Civil Veterinary Department. Central Provinces & Berar 1925-31 - 1925-1931
Year: 1925
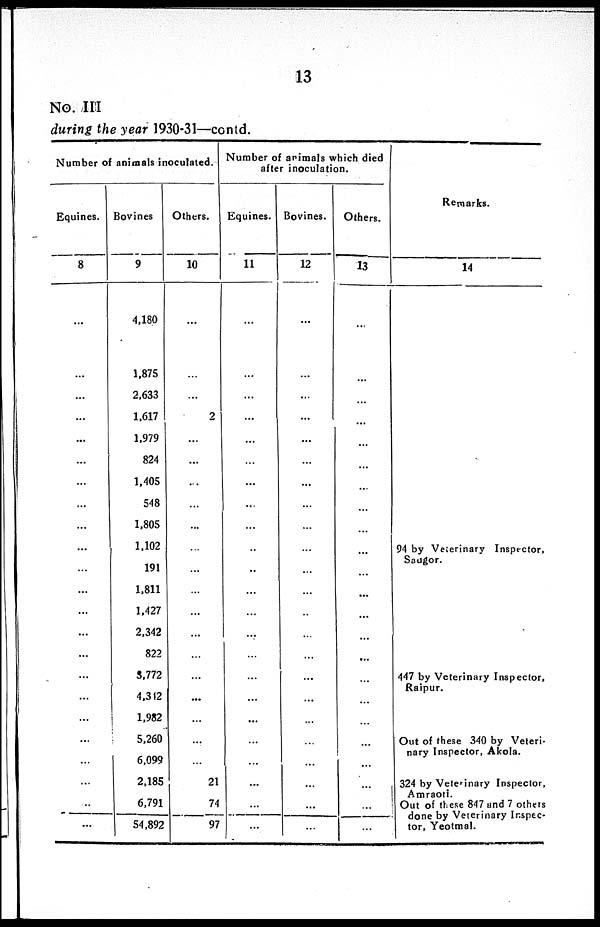
13
No. III
during the year 1930-31—contd.
Number of animals inoculated.
Equines.
8
...
...
...
...
...
...
...
...
...
...
...
...
...
...
...
...
...
...
...
...
...
...
...
Bovines
9
4,180
1,875
2,633
1,617
1,979
824
1,405
548
1,805
1,102
191
1,811
1,427
2,342
822
3,772
4,312
1,982
5,260
6,099
2,185
6,791
54,892
Others.
10
...
...
...
2
...
...
...
...
...
...
...
...
...
...
...
...
...
...
...
...
21
74
97
Number of animals which died
after inoculation.
Equines.
11
...
...
...
...
...
...
...
...
...
...
...
...
...
...
...
...
...
...
...
...
...
...
...
Bovines.
12
...
...
...
...
...
...
...
...
...
...
...
...
...
...
...
...
...
...
...
...
...
...
...
Others.
13
...
...
...
...
...
...
...
...
...
...
...
...
...
...
...
...
...
...
...
...
...
...
...
Remarks.
14
94 by Veterinary Inspector,
Saugor.
447 by Veterinary Inspector,
Raipur.
Out of these 340 by Veteri-
nary Inspector, Akola.
324 by Veterinary Inspector,
Amraoti.
Out of these 847 and 7 others
done by Veterinary Inspec-
tor, Yeotmal.